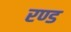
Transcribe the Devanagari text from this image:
रण्ड